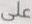
على